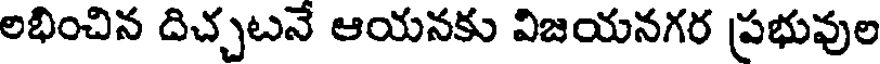
లభించిన దిచ్చటనే ఆయనకు విజయనగర ప్రభువుల